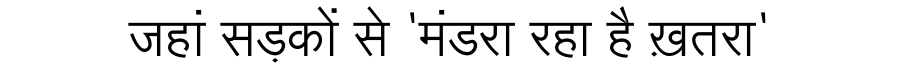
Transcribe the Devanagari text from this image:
जहां सड़कों से 'मंडरा रहा है ख़तरा'